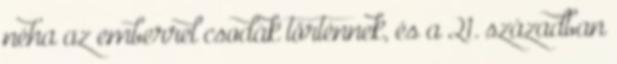
néha az emberrel csodák történnek, és a 21. században